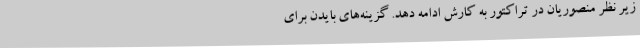
زیر نظر منصوریان در تراکتور به کارش ادامه دهد. گزینه‌های بایدن برای